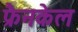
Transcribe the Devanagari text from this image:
फ्रैनकेल